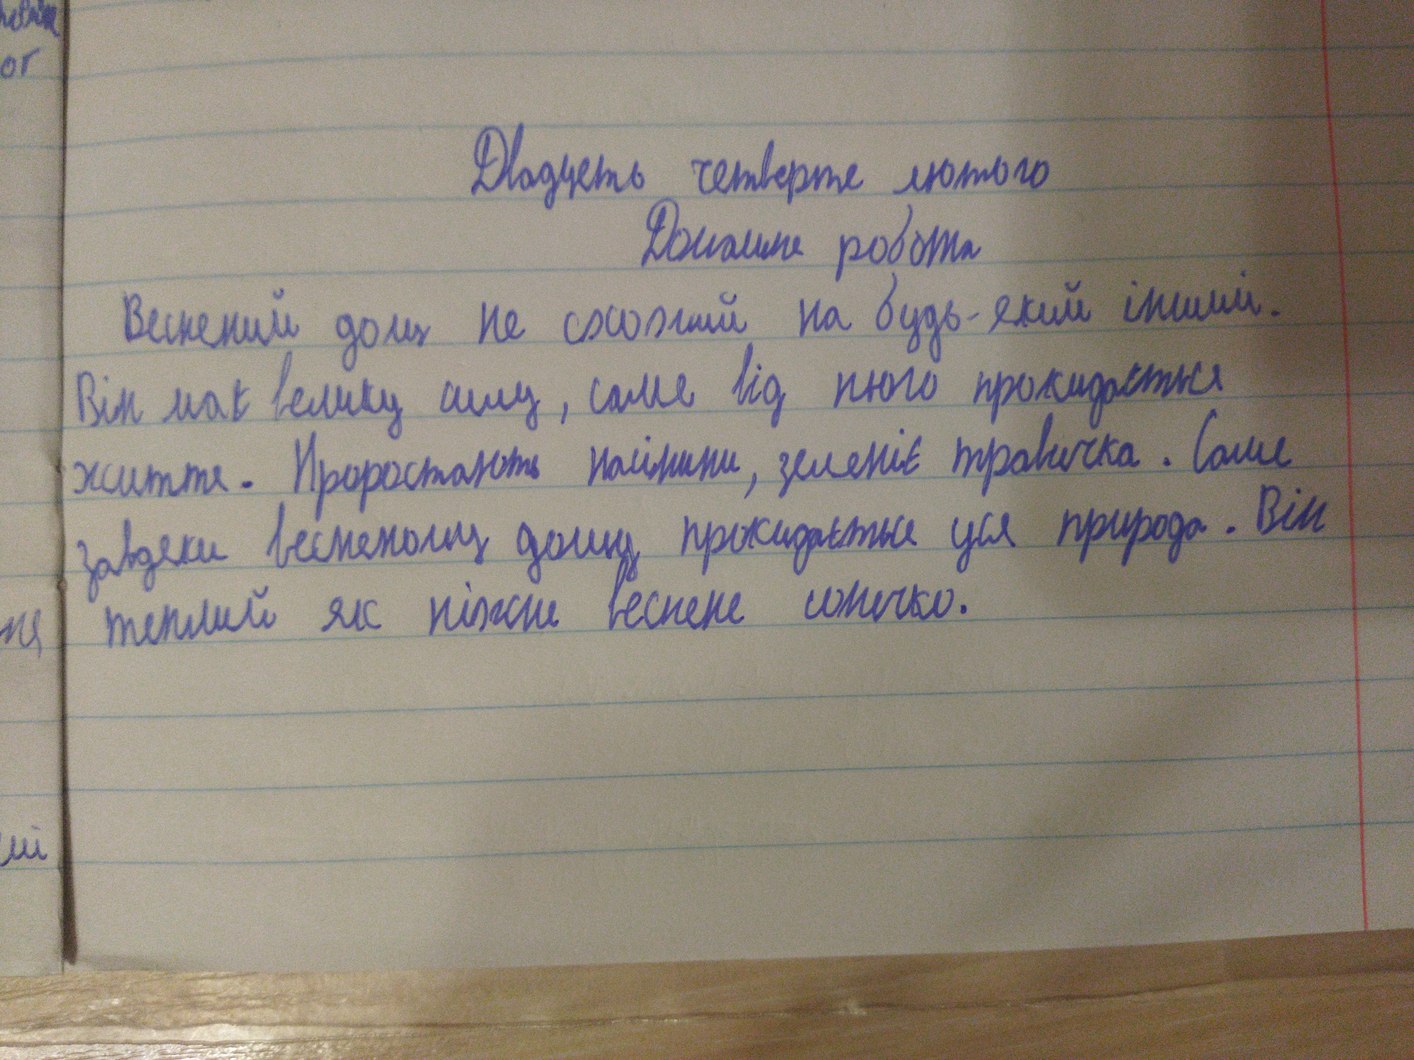
Двадцять четверте лютого
Домашня робота
Весняний дощ не схожий на будь-який інший.
Він має велику силу, саме від нього прокидається
життя. Проростають насінини, зеленіє травичка. Саме
завдяки весняному дощу прокидається уся природа. Він
теплий як ніжне весняне сонечко.